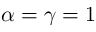
\alpha = \gamma = 1